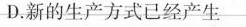
D.新的生产方式已经产生